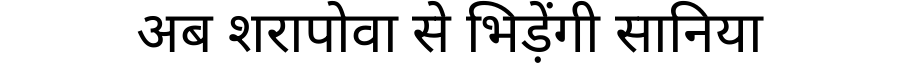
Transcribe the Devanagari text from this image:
अब शरापोवा से भिड़ेंगी सानिया